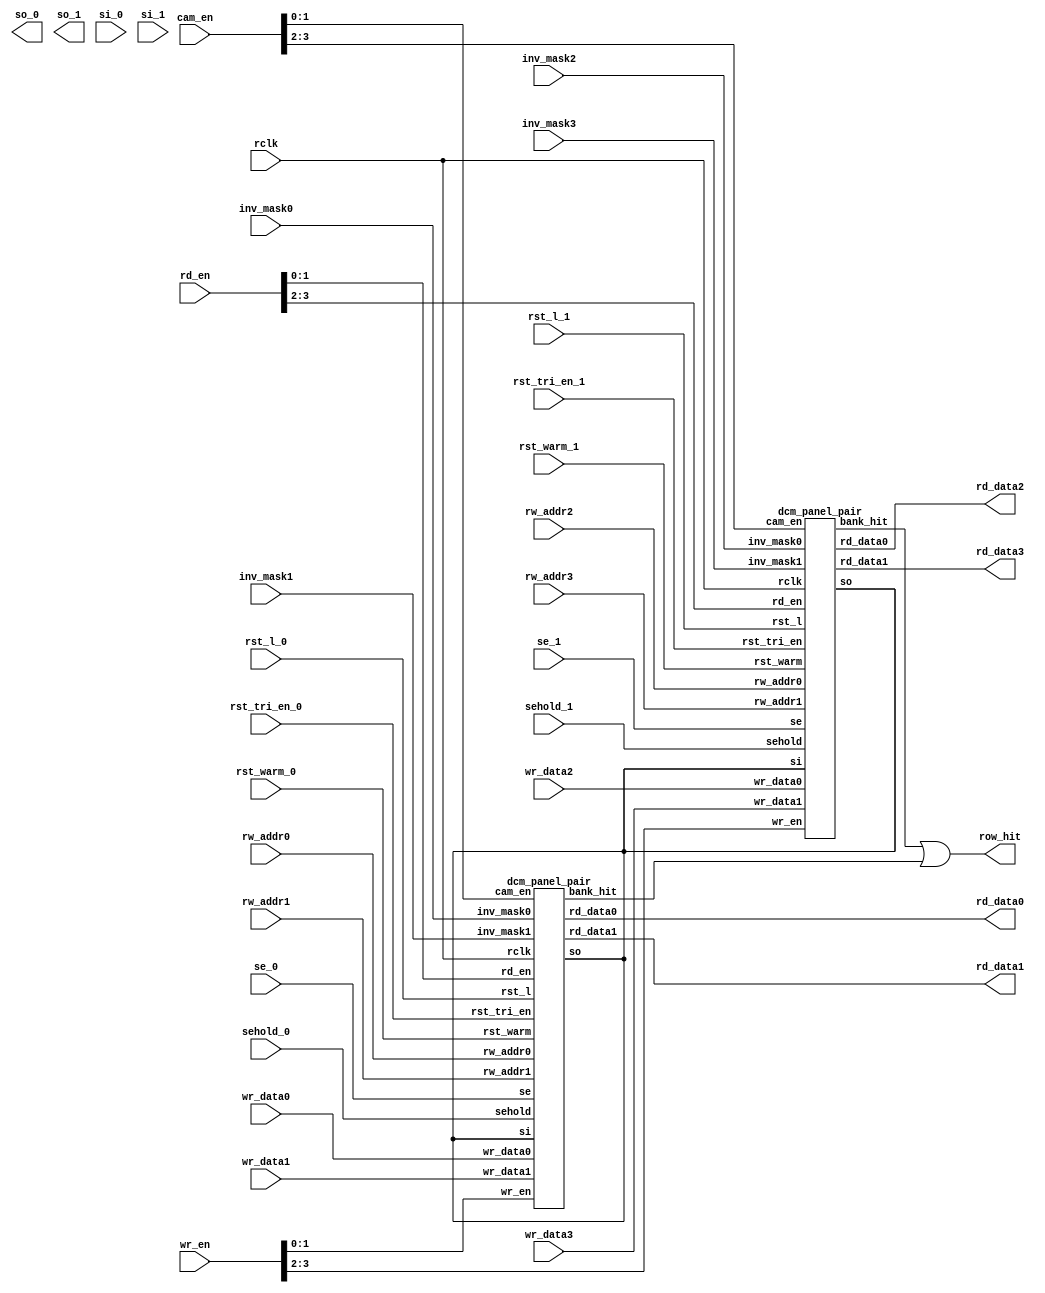
// ========== Copyright Header Begin ==========================================
// 
// OpenSPARC T1 Processor File: bw_r_dcm.v
// Copyright (c) 2006 Sun Microsystems, Inc.  All Rights Reserved.
// DO NOT ALTER OR REMOVE COPYRIGHT NOTICES.
// 
// The above named program is free software; you can redistribute it and/or
// modify it under the terms of the GNU General Public
// License version 2 as published by the Free Software Foundation.
// 
// The above named program is distributed in the hope that it will be 
// useful, but WITHOUT ANY WARRANTY; without even the implied warranty of
// MERCHANTABILITY or FITNESS FOR A PARTICULAR PURPOSE.  See the GNU
// General Public License for more details.
// 
// You should have received a copy of the GNU General Public
// License along with this work; if not, write to the Free Software
// Foundation, Inc., 51 Franklin St, Fifth Floor, Boston, MA 02110-1301, USA.
// 
// ========== Copyright Header End ============================================

////////////////////////////////////////////////////////////////////////
// Local header file includes / local defines
////////////////////////////////////////////////////////////////////////

// The Four panels correspond to addr<10:9> decoded.

module bw_r_dcm(  /*AUTOARG*/
   // Outputs
   row_hit, rd_data0, rd_data1, rd_data2, rd_data3, so_0, so_1, 
   // Inputs
   cam_en, inv_mask0, inv_mask1, inv_mask2, inv_mask3, si_0, se_0, 
   si_1, se_1, sehold_0, sehold_1, rclk,  rd_en, rw_addr0, 
   rw_addr1, rw_addr2, rw_addr3, rst_l_0, rst_l_1, rst_warm_0, 
   rst_warm_1, wr_en, rst_tri_en_0, rst_tri_en_1, wr_data0, wr_data1, 
   wr_data2, wr_data3
   );

output	[31:0]	row_hit;

output [31:0]         rd_data0;               // From panel0 of dcm_panel.v
output [31:0]         rd_data1;               // From panel1 of dcm_panel.v
output [31:0]         rd_data2;               // From panel2 of dcm_panel.v
output [31:0]         rd_data3;               // From panel3 of dcm_panel.v

input   [3:0]         cam_en;

input [7:0]           inv_mask0;              // To panel0 of dcm_panel.v
input [7:0]           inv_mask1;              // To panel1 of dcm_panel.v
input [7:0]           inv_mask2;              // To panel2 of dcm_panel.v
input [7:0]           inv_mask3;              // To panel3 of dcm_panel.v

input		      si_0, se_0;
output		      so_0;
input		      si_1, se_1;
output		      so_1;
input		      sehold_0;
input		      sehold_1;

input                 rclk;                   // To panel0 of dcm_panel.v, ...

input  [3:0]          rd_en ;           // To panel0 of dcm_panel.v

input [5:0]           rw_addr0;      // To panel0 of dcm_panel.v
input [5:0]           rw_addr1;      // To panel1 of dcm_panel.v
input [5:0]           rw_addr2;      // To panel2 of dcm_panel.v
input [5:0]           rw_addr3;      // To panel3 of dcm_panel.v

input                 rst_l_0;                  // To panel0 of dcm_panel.v, ...
input                 rst_l_1;                  // To panel0 of dcm_panel.v, ...
input		      rst_warm_0;
input		      rst_warm_1;

input   [3:0]         wr_en;            // To panel0 of dcm_panel.v
input		      rst_tri_en_0; // used to disable writes during SCAN.
input		      rst_tri_en_1; // used to disable writes during SCAN.

input [32:0]          wr_data0;         // To panel0 of dcm_panel.v
input [32:0]          wr_data1;         // To panel1 of dcm_panel.v
input [32:0]          wr_data2;         // To panel2 of dcm_panel.v
input [32:0]          wr_data3;         // To panel3 of dcm_panel.v


wire	[31:0]	bank1_hit;
wire	[31:0]	bank0_hit;

/*	dcm_panel_pair	AUTO_TEMPLATE (

		   		  .bank_hit(bank0_hit[31:0]),
                                  .rd_data0(rd_data0[31:0]),
                                  .rd_data1(rd_data1[31:0]),
                                  // Inputs
                                  .cam_en(cam_en[1:0]),
                                  .inv_mask0(inv_mask0[7:0]),
                                  .inv_mask1(inv_mask1[7:0]),
                                  .rclk (rclk),
                                  .rd_en(rd_en[1:0]),
                                  .rst_l(rst_l_0),
                                  .rst_tri_en(rst_tri_en_0),
                                  .rst_warm(rst_warm_0),
                                  .rw_addr0(rw_addr0[5:0]),
                                  .rw_addr1(rw_addr1[5:0]),
                                  .sehold(sehold_0),
                                  .wr_data0(wr_data0[32:0]),
                                  .wr_data1(wr_data1[32:0]),
                                  .wr_en(wr_en[1:0]));

*/

      dcm_panel_pair	panel_pair0(
                                  .so   (),
                                  .si   (),
                                  .se   (se_0),
					/*AUTOINST*/
                                  // Outputs
                                  .bank_hit(bank0_hit[31:0]),    // Templated
                                  .rd_data0(rd_data0[31:0]),     // Templated
                                  .rd_data1(rd_data1[31:0]),     // Templated
                                  // Inputs
                                  .cam_en(cam_en[1:0]),          // Templated
                                  .inv_mask0(inv_mask0[7:0]),    // Templated
                                  .inv_mask1(inv_mask1[7:0]),    // Templated
                                  .rclk (rclk),                  // Templated
                                  .rd_en(rd_en[1:0]),            // Templated
                                  .rst_l(rst_l_0),               // Templated
                                  .rst_tri_en(rst_tri_en_0),     // Templated
                                  .rst_warm(rst_warm_0),         // Templated
                                  .rw_addr0(rw_addr0[5:0]),      // Templated
                                  .rw_addr1(rw_addr1[5:0]),      // Templated
                                  .sehold(sehold_0),             // Templated
                                  .wr_data0(wr_data0[32:0]),     // Templated
                                  .wr_data1(wr_data1[32:0]),     // Templated
                                  .wr_en(wr_en[1:0]));            // Templated
				
	assign	 row_hit =  bank1_hit | bank0_hit ;

/*      dcm_panel_pair  AUTO_TEMPLATE (

                                  .bank_hit(bank1_hit[31:0]),
                                  .rd_data0(rd_data2[31:0]),
                                  .rd_data1(rd_data3[31:0]),
                                  // Inputs
                                  .cam_en(cam_en[3:2]),
                                  .inv_mask0(inv_mask2[7:0]),
                                  .inv_mask1(inv_mask3[7:0]),
                                  .rclk (rclk),
                                  .rd_en(rd_en[3:2]),
                                  .rst_l(rst_l_1),
                                  .rst_tri_en(rst_tri_en_1),
                                  .rst_warm(rst_warm_1),
                                  .rw_addr0(rw_addr2[5:0]),
                                  .rw_addr1(rw_addr3[5:0]),
                                  .sehold(sehold_1),
                                  .wr_data0(wr_data2[32:0]),
                                  .wr_data1(wr_data3[32:0]),
                                  .wr_en(wr_en[3:2]));

*/

      dcm_panel_pair    panel_pair1(
                                  .so   (),
                                  .si   (),
                                  .se   (se_1),
                                        /*AUTOINST*/
                                    // Outputs
                                    .bank_hit(bank1_hit[31:0]),  // Templated
                                    .rd_data0(rd_data2[31:0]),   // Templated
                                    .rd_data1(rd_data3[31:0]),   // Templated
                                    // Inputs
                                    .cam_en(cam_en[3:2]),        // Templated
                                    .inv_mask0(inv_mask2[7:0]),  // Templated
                                    .inv_mask1(inv_mask3[7:0]),  // Templated
                                    .rclk(rclk),                 // Templated
                                    .rd_en(rd_en[3:2]),          // Templated
                                    .rst_l(rst_l_1),             // Templated
                                    .rst_tri_en(rst_tri_en_1),   // Templated
                                    .rst_warm(rst_warm_1),       // Templated
                                    .rw_addr0(rw_addr2[5:0]),    // Templated
                                    .rw_addr1(rw_addr3[5:0]),    // Templated
                                    .sehold(sehold_1),           // Templated
                                    .wr_data0(wr_data2[32:0]),   // Templated
                                    .wr_data1(wr_data3[32:0]),   // Templated
                                    .wr_en(wr_en[3:2]));          // Templated


endmodule



module dcm_panel_pair(  /*AUTOARG*/
   // Outputs
   so, bank_hit, rd_data0, rd_data1, 
   // Inputs
   cam_en, inv_mask0, inv_mask1, rclk, rd_en, rst_l, rst_tri_en, 
   rst_warm, rw_addr0, rw_addr1, sehold, wr_data0, wr_data1, wr_en, 
   si, se
   );

input [1:0]             cam_en;                 
input [7:0]             inv_mask0;              
input [7:0]             inv_mask1;              
input                   rclk;                   
input [1:0]             rd_en;                  
input                   rst_l;                
input                   rst_tri_en;           
input                   rst_warm;             
input [5:0]             rw_addr0;               
input [5:0]             rw_addr1;               
input                   sehold;               
input [32:0]            wr_data0;               
input [32:0]            wr_data1;               
input [1:0]             wr_en;                  
input			si,se ;

output			so;
output [31:0]           bank_hit;              
output [31:0]           rd_data0;               
output [31:0]           rd_data1;               

wire	[31:0]	lkup_hit0, lkup_hit1;
reg	rst_warm_d;


always  @(posedge rclk)
begin
	rst_warm_d <= ( sehold)? rst_warm_d : rst_warm;
end

/*      dcm_panel       AUTO_TEMPLATE (
                   .lkup_hit            (lkup_hit@[31:0]),
                   .rd_data            (rd_data@[31:0]),
                   .rd_en          (rd_en[@]),
                   .wr_en          (wr_en[@]),
                   .cam_en              (cam_en[@]),
                   .wr_data             (wr_data@[32:0]),
                   .rw_addr             (rw_addr@[5:0]),
                   .rst_l               (rst_l),
                   .rst_warm               (rst_warm_d),
                   .rst_tri_en               (rst_tri_en),
                   .sehold               (sehold),
                   .inv_mask            (inv_mask@[7:0]));
*/

        dcm_panel       panel0(.si(),
			       .so(),
			       .se(se),
				/*AUTOINST*/
                               // Outputs
                               .lkup_hit(lkup_hit0[31:0]),       // Templated
                               .rd_data (rd_data0[31:0]),        // Templated
                               // Inputs
                               .rd_en   (rd_en[0]),              // Templated
                               .wr_en   (wr_en[0]),              // Templated
                               .cam_en  (cam_en[0]),             // Templated
                               .wr_data (wr_data0[32:0]),        // Templated
                               .rw_addr (rw_addr0[5:0]),         // Templated
                               .inv_mask(inv_mask0[7:0]),        // Templated
                               .rst_l   (rst_l),                 // Templated
                               .rclk    (rclk),
                               .rst_warm(rst_warm_d),            // Templated
                               .rst_tri_en(rst_tri_en),          // Templated
                               .sehold  (sehold));                // Templated

        assign   bank_hit      =    lkup_hit0 | lkup_hit1 ;

        dcm_panel       panel1(.si(),
                               .so(),
                               .se(se),
				/*AUTOINST*/
                               // Outputs
                               .lkup_hit(lkup_hit1[31:0]),       // Templated
                               .rd_data (rd_data1[31:0]),        // Templated
                               // Inputs
                               .rd_en   (rd_en[1]),              // Templated
                               .wr_en   (wr_en[1]),              // Templated
                               .cam_en  (cam_en[1]),             // Templated
                               .wr_data (wr_data1[32:0]),        // Templated
                               .rw_addr (rw_addr1[5:0]),         // Templated
                               .inv_mask(inv_mask1[7:0]),        // Templated
                               .rst_l   (rst_l),                 // Templated
                               .rclk    (rclk),
                               .rst_warm(rst_warm_d),            // Templated
                               .rst_tri_en(rst_tri_en),          // Templated
                               .sehold  (sehold));                // Templated


endmodule


////////////////////////////////////////////////////////////////////////
// Local header file includes / local defines
// A directory panel is 32 bits wide and 64 entries deep.
// The lkup_hit combines the match lines for an even and odd entry pair
// and hence is only 32 bits wide.
////////////////////////////////////////////////////////////////////////


module dcm_panel(  /*AUTOARG*/
   // Outputs
   lkup_hit, rd_data, so, 
   // Inputs
   rd_en, wr_en, cam_en, wr_data, rw_addr, inv_mask, rst_l, rclk, 
   rst_warm, si, se, rst_tri_en, sehold
   );


// Read inputs
input		rd_en;
input		wr_en;
input		cam_en;
input	[32:0]	wr_data; // { addr<39:10>, addr<8>, parity, valid  }


// shared inputs 
input	[5:0]	rw_addr; // even entries will have wr_data<0> == 0
input	[7:0]	inv_mask;


output	[31:0]	lkup_hit;
output	[31:0]	rd_data; // { addr<39:10>, parity, valid } 

input		rst_l;
input		rclk;
input		rst_warm;

input		si, se;
output		so;
input		rst_tri_en;
input		sehold;


reg	[29:0]	addr_array[63:0]	;
reg	[63:0]	valid	;
reg	[63:0]	parity	;
reg	[29:0]	temp_addr0 ;
reg	[29:0]	temp_addr1 ;
reg	[31:0]	rd_data;
reg	[31:0]	lkup_hit;
reg	[63:0]	cam_hit;


reg	[63:0]	reset_valid;
reg	[63:0]	valid_bit;

reg             rd_en_d, wr_en_d;
reg             cam_en_d ;
reg     [7:0]   inval_mask_d;
reg     [5:0]   rw_addr_d;
//reg	wr_en_off_d1;
reg	rst_tri_en_d1;


wire	[7:0]	inval_mask;
integer	i,j;

always  @(posedge rclk)
begin
        rd_en_d <= (sehold)? rd_en_d: rd_en ;
        wr_en_d <= (sehold)? wr_en_d: wr_en;
        rw_addr_d <= (sehold)? rw_addr_d : rw_addr  ;
        cam_en_d <= ( sehold)? cam_en_d: cam_en ;
        inval_mask_d <= ( sehold)? inval_mask_d : inv_mask ;

	rst_tri_en_d1 <= rst_tri_en ; // this is a dummy flop only used as a trigger
end



//--------\/-------------
// VALID flop logic
//--------\/-------------
always  @(posedge rclk) begin
		valid_bit <= valid;
end
	

reg	cam_out;


// CAM OPERATION and reset_valid generation
// the following always block ensures that lkup_hit will be 
// a ph1 signal.

always	@( /*AUTOSENSE*/ /*memory or*/ cam_en_d or inval_mask_d or rst_tri_en or
           rst_tri_en_d1 or valid_bit or wr_data or rst_warm or rst_l)

 begin


		cam_out = cam_en_d & ~(rst_tri_en | rst_tri_en_d1)  ;



		cam_hit[0] = ( wr_data[32:3] == addr_array[0] )  &
                                 cam_out &   ~wr_data[2] & valid_bit[0]  ;
                reset_valid[0] = (cam_hit[0] & inval_mask_d[0]) ;
                cam_hit[1] = ( wr_data[32:3] == addr_array[1] )  &
                                  cam_out &  wr_data[2]  & valid_bit[1];
                reset_valid[1] = (cam_hit[1] & inval_mask_d[0]) ;

		lkup_hit[0] = ( cam_hit[0]  |  cam_hit[1] ) ;

	

		cam_hit[2] = ( wr_data[32:3] == addr_array[2] )  &
                                   cam_out & ~wr_data[2] & valid_bit[2]  ;
                reset_valid[2] = (cam_hit[2] & inval_mask_d[0]) ;
                cam_hit[3] = ( wr_data[32:3] == addr_array[3] )  &
                                   cam_out & wr_data[2]  & valid_bit[3];
                reset_valid[3] = (cam_hit[3] & inval_mask_d[0]) ;

		lkup_hit[1] = ( cam_hit[2]  |  cam_hit[3] );

	

		cam_hit[4] = ( wr_data[32:3] == addr_array[4] )  &
                                   cam_out & ~wr_data[2] & valid_bit[4]  ;
                reset_valid[4] = (cam_hit[4] & inval_mask_d[0]) ;
                cam_hit[5] = ( wr_data[32:3] == addr_array[5] )  &
                                   cam_out & wr_data[2]  & valid_bit[5];
                reset_valid[5] = (cam_hit[5] & inval_mask_d[0]) ;

		lkup_hit[2] = ( cam_hit[4]  |  cam_hit[5] );

	

		cam_hit[6] = ( wr_data[32:3] == addr_array[6] )  &
                                   cam_out & ~wr_data[2] & valid_bit[6]  ;
                reset_valid[6] = (cam_hit[6] & inval_mask_d[0]) ;
                cam_hit[7] = ( wr_data[32:3] == addr_array[7] )  &
                                   cam_out & wr_data[2]  & valid_bit[7];
                reset_valid[7] = (cam_hit[7] & inval_mask_d[0]) ;

		lkup_hit[3] = ( cam_hit[6]  |  cam_hit[7] );

	

		cam_hit[8] = ( wr_data[32:3] == addr_array[8] )  &
                                   cam_out & ~wr_data[2] & valid_bit[8]  ;
                reset_valid[8] = (cam_hit[8] & inval_mask_d[1]) ;
                cam_hit[9] = ( wr_data[32:3] == addr_array[9] )  &
                                   cam_out & wr_data[2]  & valid_bit[9];
                reset_valid[9] = (cam_hit[9] & inval_mask_d[1]) ;

		lkup_hit[4] = ( cam_hit[8]  |  cam_hit[9] );

	

		cam_hit[10] = ( wr_data[32:3] == addr_array[10] )  &
                                   cam_out & ~wr_data[2] & valid_bit[10]  ;
                reset_valid[10] = (cam_hit[10] & inval_mask_d[1]) ;
                cam_hit[11] = ( wr_data[32:3] == addr_array[11] )  &
                                   cam_out & wr_data[2]  & valid_bit[11];
                reset_valid[11] = (cam_hit[11] & inval_mask_d[1]) ;

		lkup_hit[5] = ( cam_hit[10]  |  cam_hit[11] );

	

		cam_hit[12] = ( wr_data[32:3] == addr_array[12] )  &
                                   cam_out & ~wr_data[2] & valid_bit[12]  ;
                reset_valid[12] = (cam_hit[12] & inval_mask_d[1]) ;
                cam_hit[13] = ( wr_data[32:3] == addr_array[13] )  &
                                   cam_out & wr_data[2]  & valid_bit[13];
                reset_valid[13] = (cam_hit[13] & inval_mask_d[1]) ;

		lkup_hit[6] = ( cam_hit[12]  |  cam_hit[13] );

	

		cam_hit[14] = ( wr_data[32:3] == addr_array[14] )  &
                                  cam_out &  ~wr_data[2] & valid_bit[14]  ;
                reset_valid[14] = (cam_hit[14] & inval_mask_d[1]) ;
                cam_hit[15] = ( wr_data[32:3] == addr_array[15] )  &
                                  cam_out &  wr_data[2]  & valid_bit[15];
                reset_valid[15] = (cam_hit[15] & inval_mask_d[1]) ;

		lkup_hit[7] = ( cam_hit[14]  |  cam_hit[15] );

	

		cam_hit[16] = ( wr_data[32:3] == addr_array[16] )  &
                                 cam_out &   ~wr_data[2] & valid_bit[16]  ;
                reset_valid[16] = (cam_hit[16] & inval_mask_d[2]) ;
                cam_hit[17] = ( wr_data[32:3] == addr_array[17] )  &
                                  cam_out &  wr_data[2]  & valid_bit[17];
                reset_valid[17] = (cam_hit[17] & inval_mask_d[2]) ;

		lkup_hit[8] = ( cam_hit[16]  |  cam_hit[17] );

	

		cam_hit[18] = ( wr_data[32:3] == addr_array[18] )  &
                                  cam_out &  ~wr_data[2] & valid_bit[18]  ;
                reset_valid[18] = (cam_hit[18] & inval_mask_d[2]) ;
                cam_hit[19] = ( wr_data[32:3] == addr_array[19] )  &
                                  cam_out &  wr_data[2]  & valid_bit[19];
                reset_valid[19] = (cam_hit[19] & inval_mask_d[2]) ;

		lkup_hit[9] = ( cam_hit[18]  |  cam_hit[19] );

	

		cam_hit[20] = ( wr_data[32:3] == addr_array[20] )  &
                                 cam_out &   ~wr_data[2] & valid_bit[20]  ;
                reset_valid[20] = (cam_hit[20] & inval_mask_d[2]) ;
                cam_hit[21] = ( wr_data[32:3] == addr_array[21] )  &
                                 cam_out &   wr_data[2]  & valid_bit[21];
                reset_valid[21] = (cam_hit[21] & inval_mask_d[2]) ;

		lkup_hit[10] = ( cam_hit[20]  |  cam_hit[21] );

	

		cam_hit[22] = ( wr_data[32:3] == addr_array[22] )  &
                                  cam_out &  ~wr_data[2] & valid_bit[22]  ;
                reset_valid[22] = (cam_hit[22] & inval_mask_d[2]) ;
                cam_hit[23] = ( wr_data[32:3] == addr_array[23] )  &
                                  cam_out &  wr_data[2]  & valid_bit[23];
                reset_valid[23] = (cam_hit[23] & inval_mask_d[2]) ;

		lkup_hit[11] = ( cam_hit[22]  |  cam_hit[23] );

	

		cam_hit[24] = ( wr_data[32:3] == addr_array[24] )  &
                                cam_out &    ~wr_data[2] & valid_bit[24]  ;
                reset_valid[24] = (cam_hit[24] & inval_mask_d[3]) ;
                cam_hit[25] = ( wr_data[32:3] == addr_array[25] )  &
                                cam_out &    wr_data[2]  & valid_bit[25];
                reset_valid[25] = (cam_hit[25] & inval_mask_d[3]) ;

		lkup_hit[12] = ( cam_hit[24]  |  cam_hit[25] );

	

		cam_hit[26] = ( wr_data[32:3] == addr_array[26] )  &
                                cam_out &    ~wr_data[2] & valid_bit[26]  ;
                reset_valid[26] = (cam_hit[26] & inval_mask_d[3]) ;
                cam_hit[27] = ( wr_data[32:3] == addr_array[27] )  &
                                cam_out &    wr_data[2]  & valid_bit[27];
                reset_valid[27] = (cam_hit[27] & inval_mask_d[3]) ;

		lkup_hit[13] = ( cam_hit[26]  |  cam_hit[27] );

	

		cam_hit[28] = ( wr_data[32:3] == addr_array[28] )  &
                                cam_out &    ~wr_data[2] & valid_bit[28]  ;
                reset_valid[28] = (cam_hit[28] & inval_mask_d[3]) ;
                cam_hit[29] = ( wr_data[32:3] == addr_array[29] )  &
                                cam_out &    wr_data[2]  & valid_bit[29];
                reset_valid[29] = (cam_hit[29] & inval_mask_d[3]) ;

		lkup_hit[14] = ( cam_hit[28]  |  cam_hit[29] );

	

		cam_hit[30] = ( wr_data[32:3] == addr_array[30] )  &
                                 cam_out &   ~wr_data[2] & valid_bit[30]  ;
                reset_valid[30] = (cam_hit[30] & inval_mask_d[3]) ;
                cam_hit[31] = ( wr_data[32:3] == addr_array[31] )  &
                                 cam_out &   wr_data[2]  & valid_bit[31];
                reset_valid[31] = (cam_hit[31] & inval_mask_d[3]) ;

		lkup_hit[15] = ( cam_hit[30]  |  cam_hit[31] );

	

		cam_hit[32] = ( wr_data[32:3] == addr_array[32] )  &
                              cam_out &      ~wr_data[2] & valid_bit[32]  ;
                reset_valid[32] = (cam_hit[32] & inval_mask_d[4]) ;
                cam_hit[33] = ( wr_data[32:3] == addr_array[33] )  &
                              cam_out &      wr_data[2]  & valid_bit[33];
                reset_valid[33] = (cam_hit[33] & inval_mask_d[4]) ;

		lkup_hit[16] = ( cam_hit[32]  |  cam_hit[33] );

	

		cam_hit[34] = ( wr_data[32:3] == addr_array[34] )  &
                               cam_out &     ~wr_data[2] & valid_bit[34]  ;
                reset_valid[34] = (cam_hit[34] & inval_mask_d[4]) ;
                cam_hit[35] = ( wr_data[32:3] == addr_array[35] )  &
                                cam_out &    wr_data[2]  & valid_bit[35];
                reset_valid[35] = (cam_hit[35] & inval_mask_d[4]) ;

		lkup_hit[17] = ( cam_hit[34]  |  cam_hit[35] );

	

		cam_hit[36] = ( wr_data[32:3] == addr_array[36] )  &
                                cam_out &    ~wr_data[2] & valid_bit[36]  ;
                reset_valid[36] = (cam_hit[36] & inval_mask_d[4]) ;
                cam_hit[37] = ( wr_data[32:3] == addr_array[37] )  &
                                cam_out &    wr_data[2]  & valid_bit[37];
                reset_valid[37] = (cam_hit[37] & inval_mask_d[4]) ;

		lkup_hit[18] = ( cam_hit[36]  |  cam_hit[37] );

	

		cam_hit[38] = ( wr_data[32:3] == addr_array[38] )  &
                               cam_out &     ~wr_data[2] & valid_bit[38]  ;
                reset_valid[38] = (cam_hit[38] & inval_mask_d[4]) ;
                cam_hit[39] = ( wr_data[32:3] == addr_array[39] )  &
                               cam_out &     wr_data[2]  & valid_bit[39];
                reset_valid[39] = (cam_hit[39] & inval_mask_d[4]) ;

		lkup_hit[19] = ( cam_hit[38]  |  cam_hit[39] );

	

		cam_hit[40] = ( wr_data[32:3] == addr_array[40] )  &
                               cam_out &     ~wr_data[2] & valid_bit[40]  ;
                reset_valid[40] = (cam_hit[40] & inval_mask_d[5]) ;
                cam_hit[41] = ( wr_data[32:3] == addr_array[41] )  &
                               cam_out &     wr_data[2]  & valid_bit[41];
                reset_valid[41] = (cam_hit[41] & inval_mask_d[5]) ;

		lkup_hit[20] = ( cam_hit[40]  |  cam_hit[41] );

	

		cam_hit[42] = ( wr_data[32:3] == addr_array[42] )  &
                              cam_out &      ~wr_data[2] & valid_bit[42]  ;
                reset_valid[42] = (cam_hit[42] & inval_mask_d[5]) ;
                cam_hit[43] = ( wr_data[32:3] == addr_array[43] )  &
                              cam_out &      wr_data[2]  & valid_bit[43];
                reset_valid[43] = (cam_hit[43] & inval_mask_d[5]) ;

		lkup_hit[21] = ( cam_hit[42]  |  cam_hit[43] );

	

		cam_hit[44] = ( wr_data[32:3] == addr_array[44] )  &
                              cam_out &      ~wr_data[2] & valid_bit[44]  ;
                reset_valid[44] = (cam_hit[44] & inval_mask_d[5]) ;
                cam_hit[45] = ( wr_data[32:3] == addr_array[45] )  &
                              cam_out &      wr_data[2]  & valid_bit[45];
                reset_valid[45] = (cam_hit[45] & inval_mask_d[5]) ;

		lkup_hit[22] = ( cam_hit[44]  |  cam_hit[45] );

	

		cam_hit[46] = ( wr_data[32:3] == addr_array[46] )  &
                             cam_out & ~wr_data[2] & valid_bit[46]  ;
                reset_valid[46] = (cam_hit[46] & inval_mask_d[5]) ;
                cam_hit[47] = ( wr_data[32:3] == addr_array[47] )  &
                             cam_out & wr_data[2]  & valid_bit[47];
                reset_valid[47] = (cam_hit[47] & inval_mask_d[5]) ;

		lkup_hit[23] = ( cam_hit[46]  |  cam_hit[47] );

	

		cam_hit[48] = ( wr_data[32:3] == addr_array[48] )  &
                           cam_out &  ~wr_data[2] & valid_bit[48]  ;
                reset_valid[48] = (cam_hit[48] & inval_mask_d[6]) ;
                cam_hit[49] = ( wr_data[32:3] == addr_array[49] )  &
                           cam_out &  wr_data[2]  & valid_bit[49];
                reset_valid[49] = (cam_hit[49] & inval_mask_d[6]) ;

		lkup_hit[24] = ( cam_hit[48]  |  cam_hit[49] );

	

		cam_hit[50] = ( wr_data[32:3] == addr_array[50] )  &
                           cam_out &  ~wr_data[2] & valid_bit[50]  ;
                reset_valid[50] = (cam_hit[50] & inval_mask_d[6]) ;
                cam_hit[51] = ( wr_data[32:3] == addr_array[51] )  &
                           cam_out &  wr_data[2]  & valid_bit[51];
                reset_valid[51] = (cam_hit[51] & inval_mask_d[6]) ;

		lkup_hit[25] = ( cam_hit[50]  |  cam_hit[51] );

	

		cam_hit[52] = ( wr_data[32:3] == addr_array[52] )  &
                            cam_out &  ~wr_data[2] & valid_bit[52]  ;
                reset_valid[52] = (cam_hit[52] & inval_mask_d[6]) ;
                cam_hit[53] = ( wr_data[32:3] == addr_array[53] )  &
                             cam_out &  wr_data[2]  & valid_bit[53];
                reset_valid[53] = (cam_hit[53] & inval_mask_d[6]) ;

		lkup_hit[26] = ( cam_hit[52]  |  cam_hit[53] );

	

		cam_hit[54] = ( wr_data[32:3] == addr_array[54] )  &
                             cam_out & ~wr_data[2] & valid_bit[54]  ;
                reset_valid[54] = (cam_hit[54] & inval_mask_d[6]) ;
                cam_hit[55] = ( wr_data[32:3] == addr_array[55] )  &
                             cam_out &  wr_data[2]  & valid_bit[55];
                reset_valid[55] = (cam_hit[55] & inval_mask_d[6]) ;

		lkup_hit[27] = ( cam_hit[54]  |  cam_hit[55] );

	

		cam_hit[56] = ( wr_data[32:3] == addr_array[56] )  &
                         cam_out & ~wr_data[2] & valid_bit[56]  ;
                reset_valid[56] = (cam_hit[56] & inval_mask_d[7]) ;
                cam_hit[57] = ( wr_data[32:3] == addr_array[57] )  &
                         cam_out &  wr_data[2]  & valid_bit[57];
                reset_valid[57] = (cam_hit[57] & inval_mask_d[7]) ;

		lkup_hit[28] = ( cam_hit[56]  |  cam_hit[57] );

	

		cam_hit[58] = ( wr_data[32:3] == addr_array[58] )  &
                         cam_out & ~wr_data[2] & valid_bit[58]  ;
                reset_valid[58] = (cam_hit[58] & inval_mask_d[7]) ;
                cam_hit[59] = ( wr_data[32:3] == addr_array[59] )  &
                         cam_out &  wr_data[2]  & valid_bit[59];
                reset_valid[59] = (cam_hit[59] & inval_mask_d[7]) ;

		lkup_hit[29] = ( cam_hit[58]  |  cam_hit[59] );

	

		cam_hit[60] = ( wr_data[32:3] == addr_array[60] )  &
                         cam_out & ~wr_data[2] & valid_bit[60]  ;
                reset_valid[60] = (cam_hit[60] & inval_mask_d[7]) ;
                cam_hit[61] = ( wr_data[32:3] == addr_array[61] )  &
                         cam_out &  wr_data[2]  & valid_bit[61];
                reset_valid[61] = (cam_hit[61] & inval_mask_d[7]) ;

		lkup_hit[30] = ( cam_hit[60]  |  cam_hit[61] );

	

		cam_hit[62] = ( wr_data[32:3] == addr_array[62] )  &
                        cam_out & ~wr_data[2] & valid_bit[62]  ;
                reset_valid[62] = (cam_hit[62] & inval_mask_d[7]) ;
                cam_hit[63] = ( wr_data[32:3] == addr_array[63] )  &
                        cam_out & wr_data[2]  & valid_bit[63];
                reset_valid[63] = (cam_hit[63] & inval_mask_d[7]) ;

		lkup_hit[31] = ( cam_hit[62]  |  cam_hit[63] );

		if( !rst_l | (rst_warm & ~(rst_tri_en | rst_tri_en_d1)) )  begin
			valid = 64'b0;
		end
	
	  	else if(cam_out) begin
			valid = valid_bit & ~reset_valid;
		end

		// else valid = valid ( implicit latch )


end

	
////////////////////////////////////////////////////////////
// READ/WRITE  OPERATION
// Phase 1 RD
////////////////////////////////////////////////////////////

always @(negedge rclk) begin

	if(rd_en_d & ~rst_tri_en) begin
		rd_data = {     addr_array[rw_addr_d],
                                parity[rw_addr_d] ,
                                valid_bit[rw_addr_d]
                         };
/*                         
`ifdef  INNO_MUXEX
`else
`ifdef DEFINE_0IN
`else
                if(wr_en_d) begin
		`ifdef MODELSIM		
                   $display("L2_DIR_ERR"," rd/wr conflict");
		//`else
    //               $error("L2_DIR_ERR"," rd/wr conflict");
		`endif		
                end
`endif
`endif
*/
        end // of if rd_en_d

  // WR
`ifdef DEFINE_0IN
`else
        if(wr_en_d & ~rst_tri_en ) begin
                // ---- \/ modelling write though behaviour \/-------
                rd_data = {     wr_data[32:3],
                                wr_data[1] ,
                                wr_data[0]
                         };

                parity[rw_addr_d]  =  wr_data[1] ;
                //valid[rw_addr_d]  =  wr_data[0] ;
                addr_array[rw_addr_d] =  wr_data[32:3] ;
/*
`ifdef  INNO_MUXEX
`else
                if(cam_en_d) begin
		`ifdef MODELSIM
                   $display("L2_DIR_ERR"," cam/wr conflict");
		//`else
    //               $error("L2_DIR_ERR"," cam/wr conflict");
		`endif
                end
`endif
*/
        end
`endif


	//if( !rst_l | (rst_warm & ~rst_tri_en) ) valid = 64'b0;
	//else  valid = valid & ~reset_valid;

end




`ifdef DEFINE_0IN
always  @(posedge rclk)
begin
        if(!rst_l) begin        // rst_l all valid bits
                valid_bit = 64'b0 ;
        end else if(~rd_en_d & wr_en_d) begin
                addr_array[rw_addr_d] =  wr_data[32:3] ;
                parity[rw_addr_d]  =  wr_data[1] ;
                valid_bit[rw_addr_d]  =  wr_data[0] ;
        end
end
`endif





	
endmodule